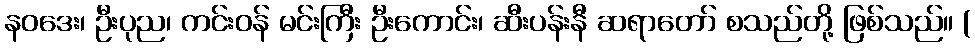
နဝဒေး၊ ဦးပုည၊ ကင်းဝန် မင်းကြီး ဦးကောင်း၊ ဆီးပန်းနီ ဆရာတော် စသည်တို့ ဖြစ်သည်။ (